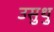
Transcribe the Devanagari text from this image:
उसुथु